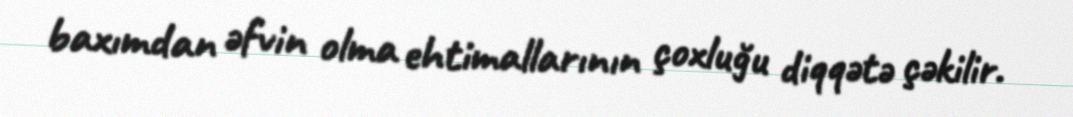
baxımdan əfvin olma ehtimallarının çoxluğu diqqətə çəkilir.